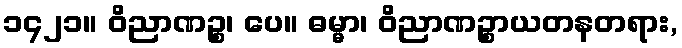
၁၄၂၁။ ဝိညာဏဉ္စ၊ ပေ။ ဓမ္မာ၊ ဝိညာဏဉ္စာယတနတရား,